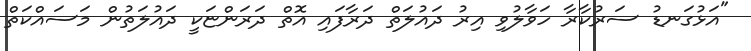
"އަޅުގަނޑު ސަރުކާރާ ހަވާލުވި އިރު ދައުލަތް ދަރާފައި އޮތް ދަރަންޏަކީ ދައުލަތުން މަސައްކަތް